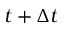
t + \Delta t